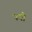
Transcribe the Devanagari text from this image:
पयो